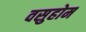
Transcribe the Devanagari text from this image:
वसुहोम